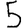
Digit: 5